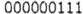
000000111